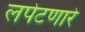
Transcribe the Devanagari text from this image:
लपेटणारे